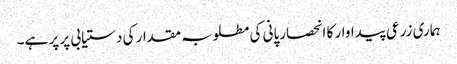
ہماری زرعی پیداوار کا انحصارپانی کی مطلوبہ مقدار کی دستیابی پر پر ہے۔